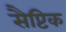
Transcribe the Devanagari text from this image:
सैप्टिक